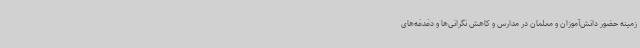
زمینه حضور دانش‌آموزان و معلمان در مدارس و کاهش نگرانی‌ها و دغدغه‌های